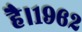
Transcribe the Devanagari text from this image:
है।१९६२